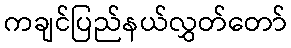
ကချင်ပြည်နယ်လွှတ်တော်